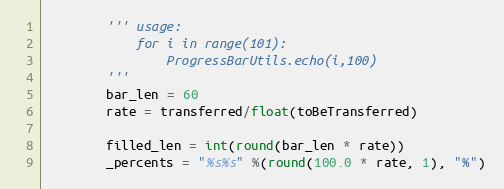
Language: Python
        ''' usage:
            for i in range(101):
                ProgressBarUtils.echo(i,100)
        '''
        bar_len = 60
        rate = transferred/float(toBeTransferred)

        filled_len = int(round(bar_len * rate))
        _percents = "%s%s" %(round(100.0 * rate, 1), "%")